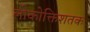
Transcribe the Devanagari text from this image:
लोकोक्तिशतक